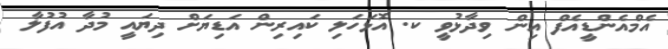
އެމްއެންޑީއެފް އިން ވިދާޅުވީ ކ. އޮޅަހަލި ކައިރިން އަޑިޔަށް ދިޔައީ މުދާ އުފުލާ